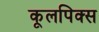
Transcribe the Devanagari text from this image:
कूलपिक्स